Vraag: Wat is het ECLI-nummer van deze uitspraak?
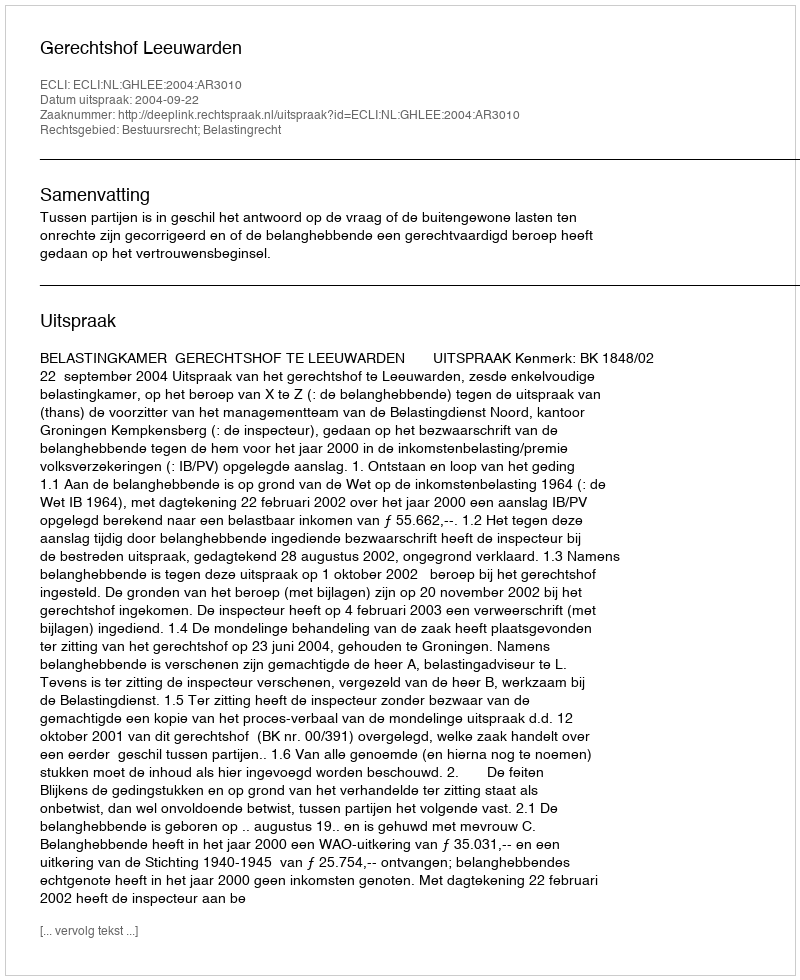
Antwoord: ECLI:NL:GHLEE:2004:AR3010